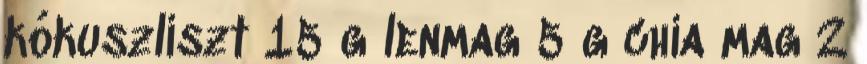
kókuszliszt 15 g lenmag 5 g chia mag 2